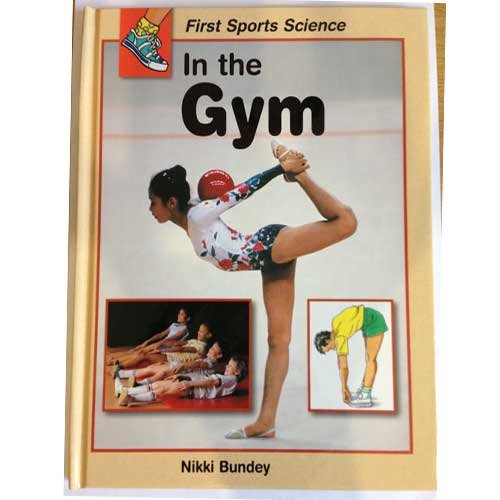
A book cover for In the Gym (First Sports Science); Nikki Bundey; Sports & Outdoors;